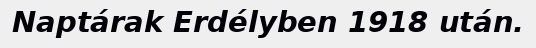
Naptárak Erdélyben 1918 után.